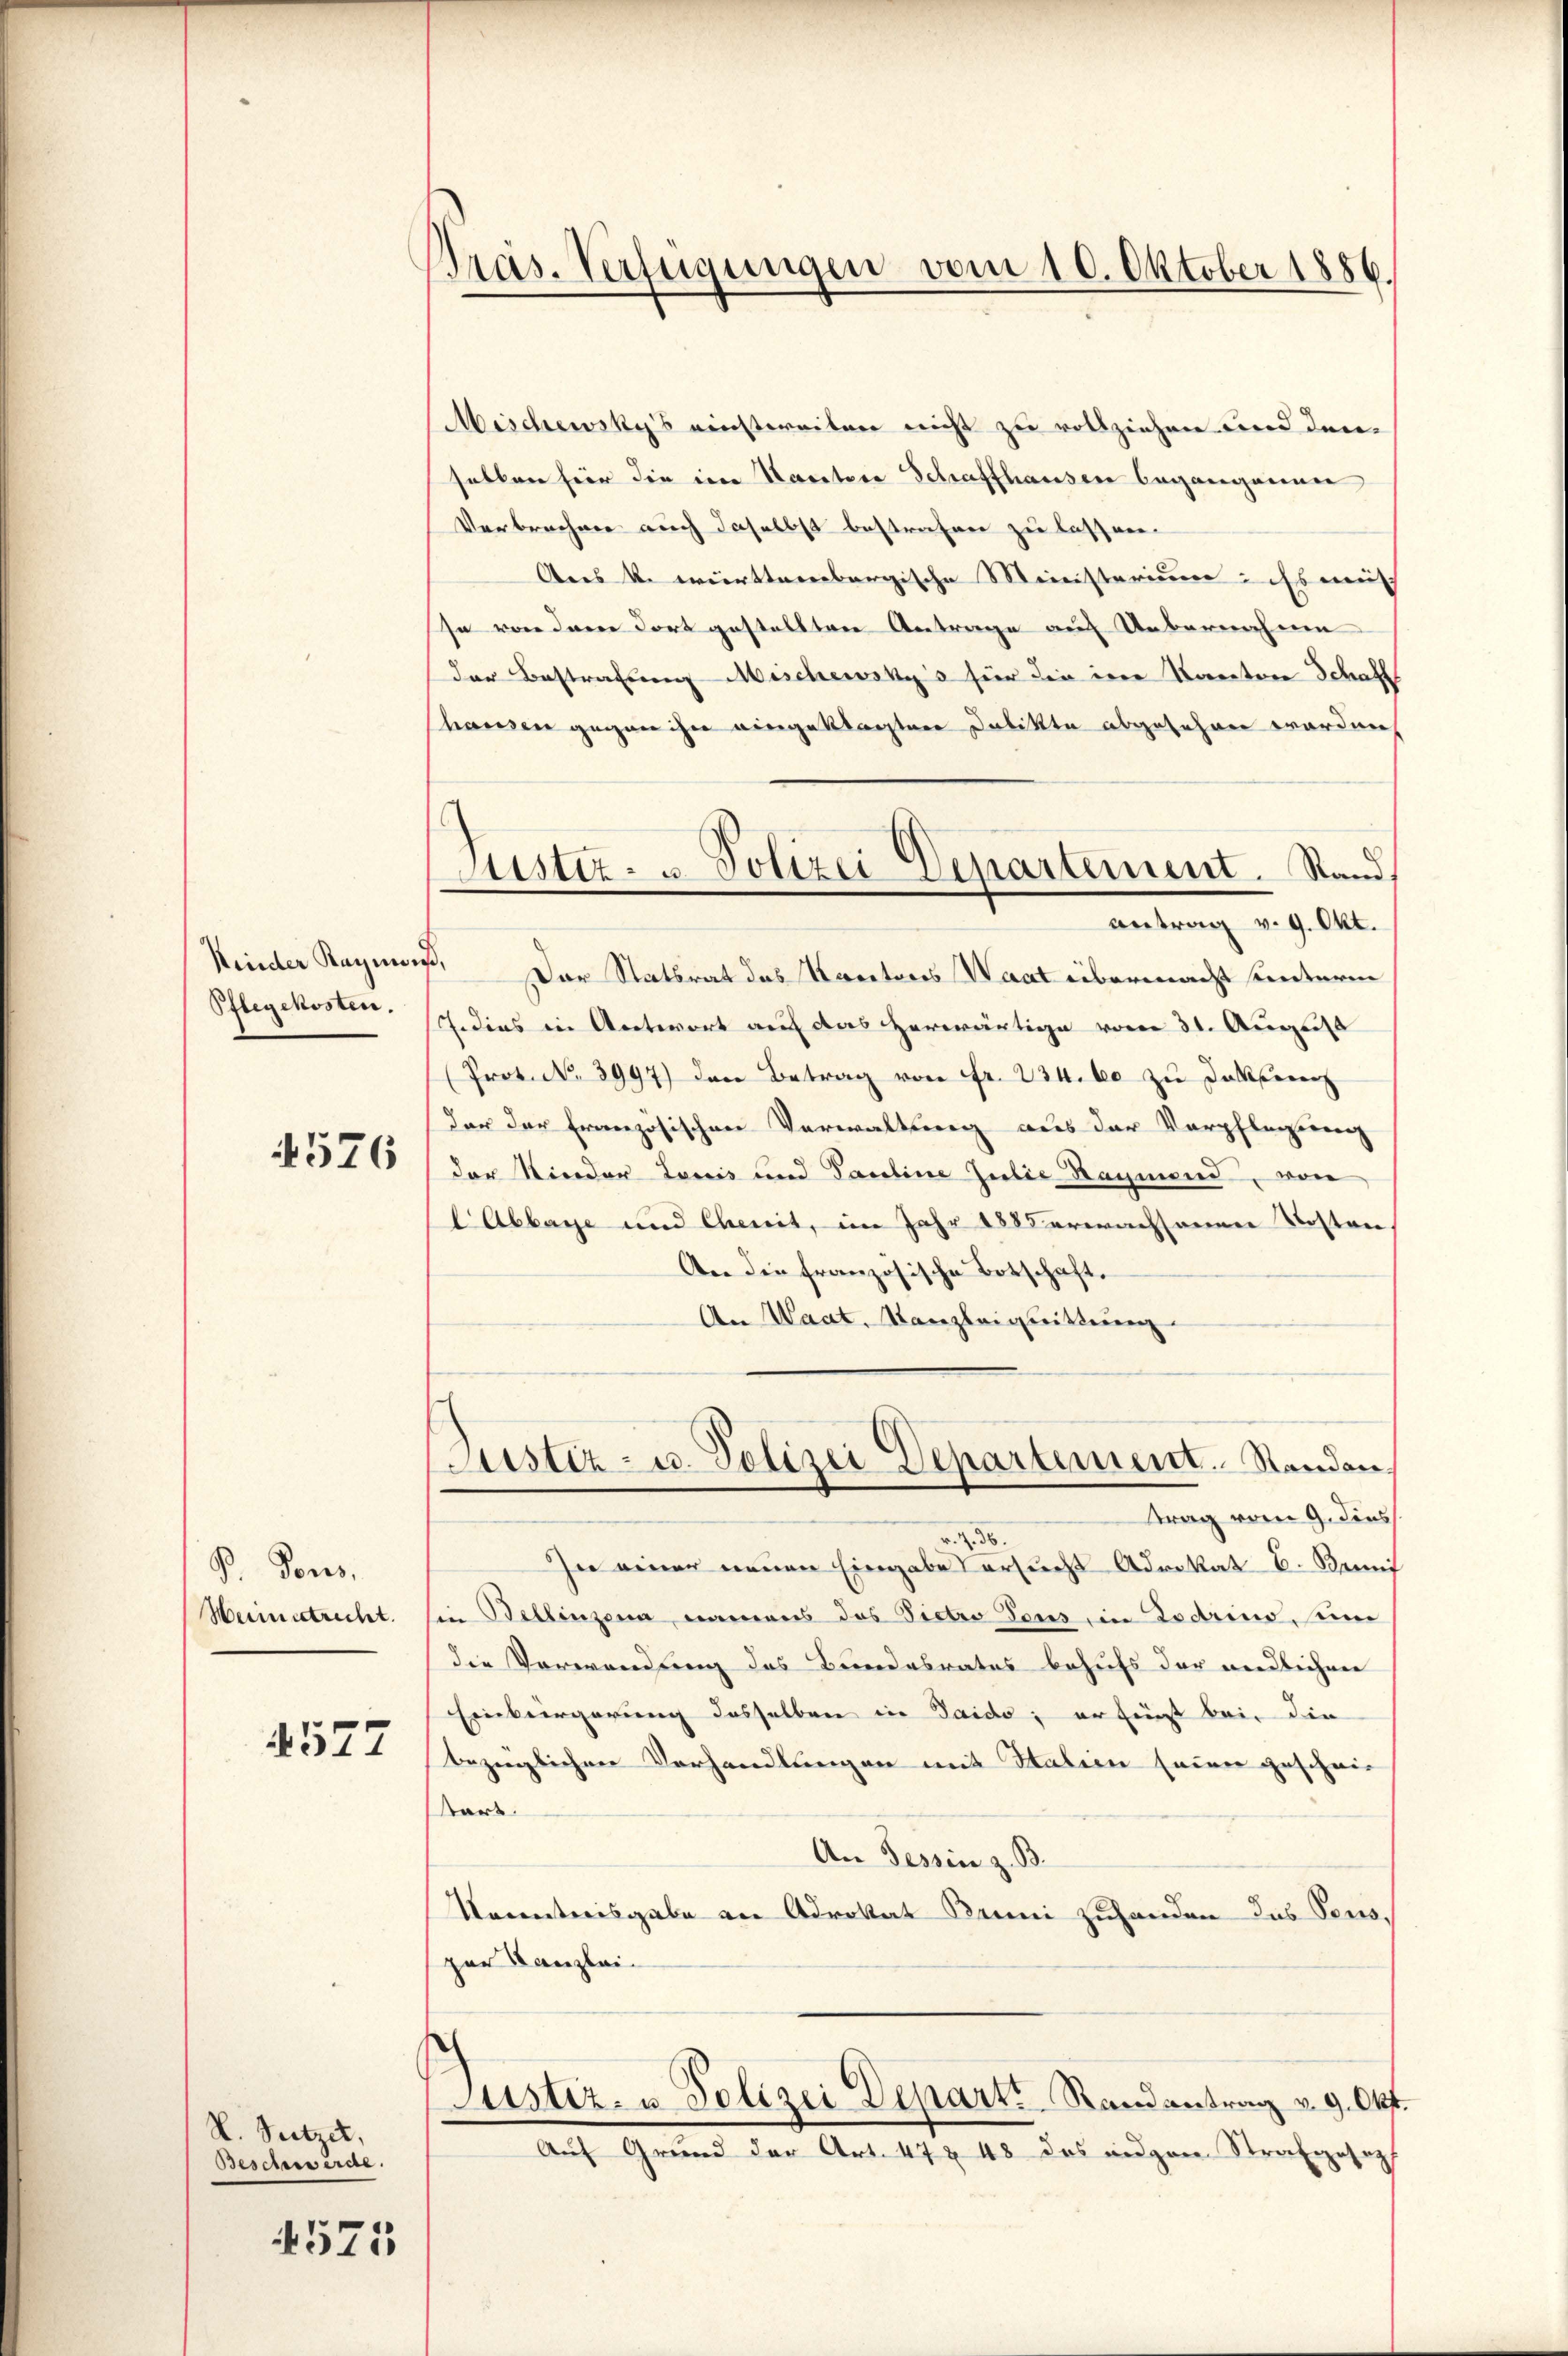
Kinder Raymon
Pflegekosten.
4576

P. Pores,
Weimatrecht.

4577

V. Sutzet,
Beschwerde.

4571

Präs. Verfügungen vom 10. Oktober 1886.

Mischewsky's einstweilen nicht zu vollziehen und den
selben für die im Kantone Schaffhausen begangenen
Verbrechen auch daselbst bestrafen zu lassen.
Ares k. württembergische Meinisterium ist musch |
se von dem dort gestellten Antrage auf Uebernahme
der Bestrafung Mischewsky's hier die iner Kantone Schaft
hausen gegen ihn eingeklagten Delikte abgesehen worden
f. Der Statsrat das Kantores Waat übermacht unteren
7. dies in Antwort auf das herwärtige vom 31. August
Prot. N. 3997) den Betrag von Fr. 234. 60 zu dasseren
der der französischen Verwaltung aus der Verpflegung
der Nieder Louis und Pauline Julie Raymond, von
CAbbaye und Cheit, im Jahr 1885 erwachsenen Kosten
An die französische Botschaft.
An Waat. Kanzleiquittung
Justiz- u. Polizei Departement. Standen,
trag vom 9. dies
r. Z. 56.
In einer neuen Eingabe ersucht Advokat E. Semi
i Bellinzona, namens das Vietro Tanz im Lodrino, eine
die Verwandung des Bundesrates behufs der windlichen
Einbergerung desselben in Saido; er fürst bei, die
bezüglichen Verhandlungen mit Stalien seiner geschwie
tart.
An Tessin z. B.
Kontreisgabe an Advokat Bei zuhanden das Pens,
zur Kanzlei-
Justiz- u. Polizei Departs Randantrag v. 9. Okt.
Auf Grund der Art. 47 § 48 das anzen Strafjosoph

Justiz- u. Polizei Departement. Stand.
antrag v. 9. Okt.